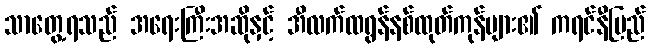
သာတွေ့ရသည် အရေးကြီးအဆိုနှင့် အီလက်ထရွန်နစ်ထုတ်ကုန်များ၏ ကရင်နီပြည်